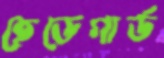
হেডেগার্ড